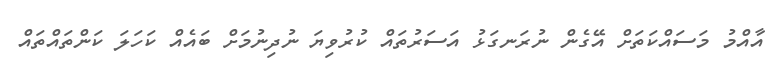
އާއްމު މަސައްކަތަށް އޭގެން ނުރަނގަޅު އަސަރުތައް ކުރުވިޔަ ނުދިނުމަށް ބައެއް ކަހަލަ ކަންތައްތައް